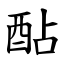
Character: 酟